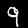
Label: 9